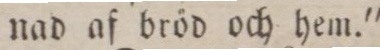
nad af bröd och hem.”